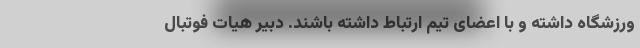
ورزشگاه داشته و با اعضای تیم ارتباط داشته باشند. دبیر هیات فوتبال